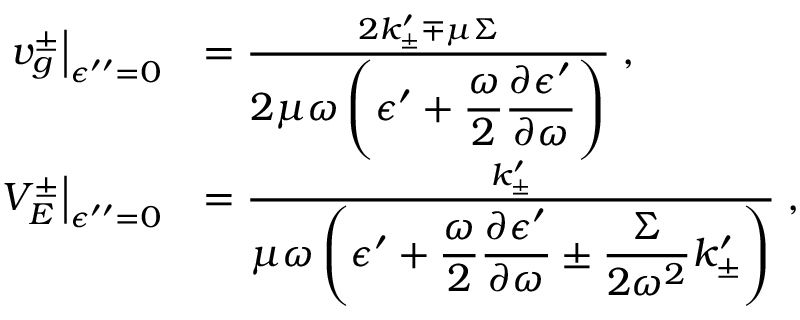
\begin{array} { r l } { \left. v _ { g } ^ { \pm } \right| _ { \epsilon ^ { \prime \prime } = 0 } } & { = \frac { 2 k _ { \pm } ^ { \prime } \mp \mu \Sigma } { \displaystyle { 2 \mu \omega } \left( \epsilon ^ { \prime } + \frac { \omega } { 2 } \frac { \partial \epsilon ^ { \prime } } { \partial \omega } \right) } \; , } \\ { \left. V _ { E } ^ { \pm } \right| _ { \epsilon ^ { \prime \prime } = 0 } } & { = \frac { k _ { \pm } ^ { \prime } } { \displaystyle \mu \omega \left( \epsilon ^ { \prime } + \frac { \omega } { 2 } \frac { \partial \epsilon ^ { \prime } } { \partial \omega } \pm \frac { \Sigma } { 2 \omega ^ { 2 } } k _ { \pm } ^ { \prime } \right) } \; , } \end{array}